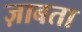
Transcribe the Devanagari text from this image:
ज़ाबता